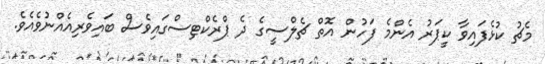
މެޗު ކުޅެފައިވާ ކީޕަރު އެންމެ ފަހުން އޮތް ޗެލްސީގެ ދެ ޕްރެކްޓިސްގައިވެސް ބައިވެރިއެއްނުވެއެވެ.